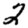
Digit: 2